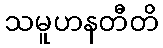
သမူဟနတီတိ